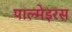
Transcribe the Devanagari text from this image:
पाल्मेइरस